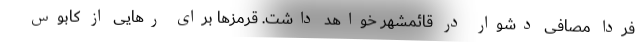
فردا مصافی دشوار در قائمشهر خواهد داشت. قرمزها برای رهایی از کابوس